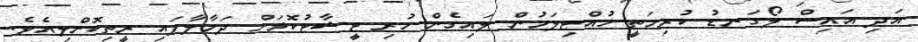
އަދި އައިސް ލޯގަނޑު ކުރިމަތީ ހުއްޓިލަމުން ލައިގެން ހުރި ޓީޝާޓުކޮޅަށް ދަމާލާފައި ރީތިކޮށްލިއެވެ.